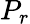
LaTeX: P_{r}